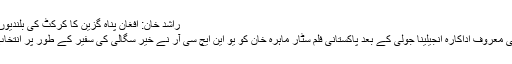
راشد خان: افغان پناہ گزین کا کرکٹ کی بلندیوں تک سفر
ہالی وڈ کی معروف اداکارہ انجیلینا جولی کے بعد پاکستانی فلم سٹار ماہرہ خان کو یو این ایچ سی آر نے خیر سگالی کی سفیر کے طور پر انتخاب کیا ہے۔